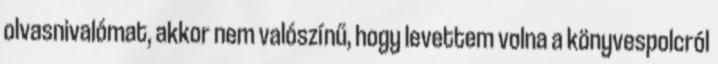
olvasnivalómat, akkor nem valószínű, hogy levettem volna a könyvespolcról